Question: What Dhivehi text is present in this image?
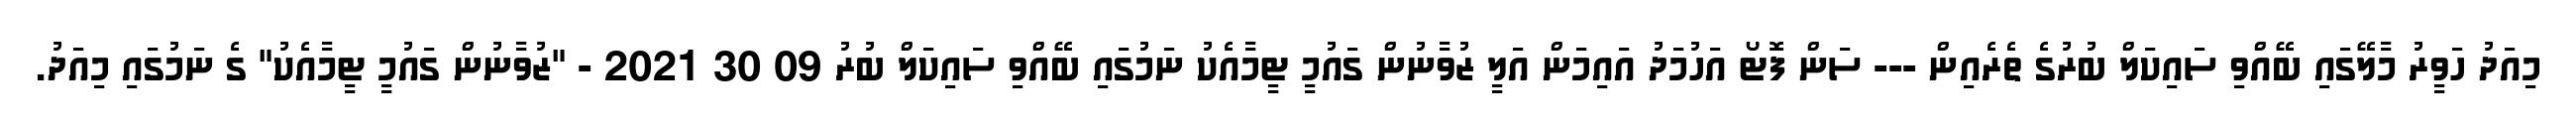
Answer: މިއަދު ހަވީރު މާލޭގައި ބޭއްވި ސައިކަލް ބުރުގެ ތެރެއިން --- ސަން ފޮޓޯ އަހުމަދު އައިމަން އަލީ ޒުވާނުން ގައުމީ ޓީމާއެކު ނަމުގައި ބޭއްވި ސައިކަލް ބުރު 09 30 2021 - "ޒުވާނުން ގައުމީ ޓީމާއެކު" ގެ ނަމުގައި މިއަދު.